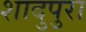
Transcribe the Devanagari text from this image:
शादुपुरा